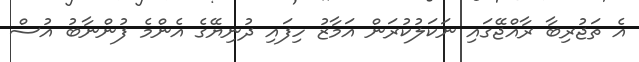
އެ ތަޖުރިބާ ރާއްޖޭގައި ނަކަލުކުރަން އަމާޒު ހިފައި ދުނިޔޭގެ އެންމެ ފުންނާބު އުސް